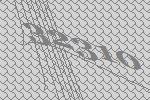
32310